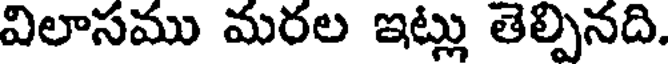
విలాసము మరల ఇట్లు తెల్పినది.